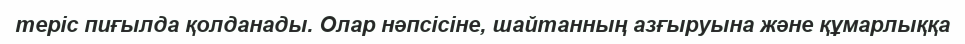
теріс пиғылда қолданады. Олар нәпсісіне, шайтанның азғыруына және құмарлыққа